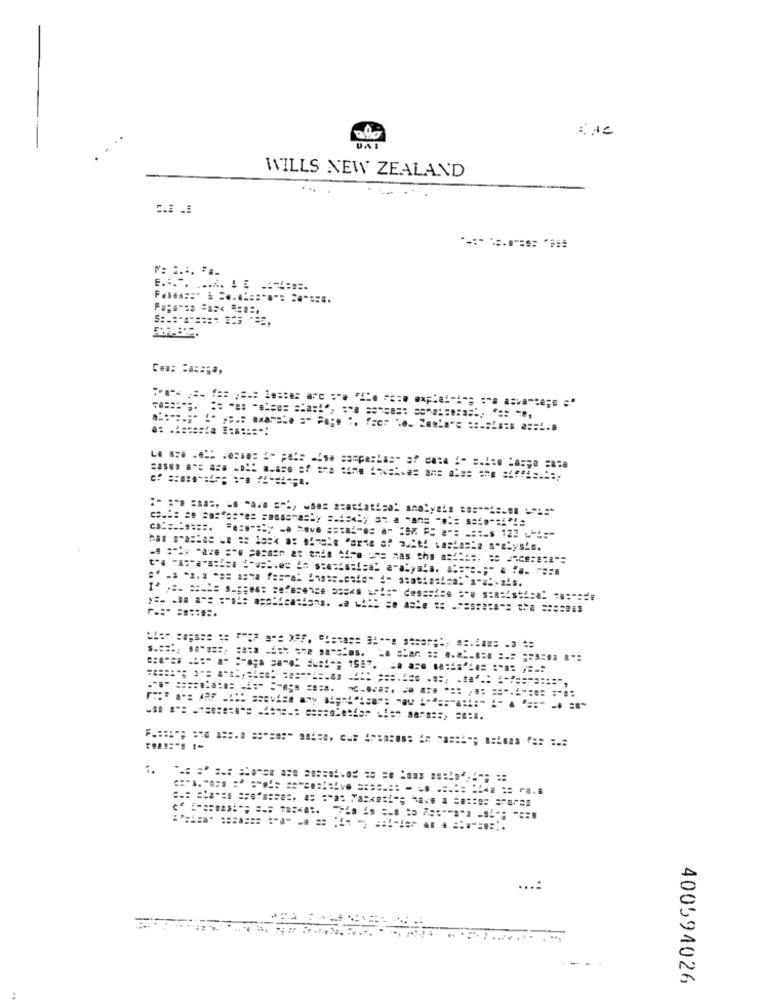
WILLS NEW ZEALAND
. ..
Cea: Cass;a,
400594026